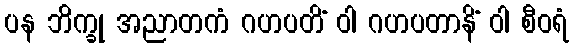
ပန ဘိက္ခု အညာတကံ ဂဟပတိံ ဝါ ဂဟပတာနိံ ဝါ စီဝရံ